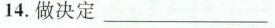
14.做决定___